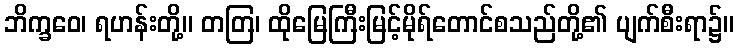
ဘိက္ခဝေ၊ ရဟန်းတို့။ တတြ၊ ထိုမြေကြီးမြင့်မိုရ်တောင်စသည်တို့၏ ပျက်စီးရာ၌။